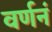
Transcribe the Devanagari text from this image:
वर्णनं